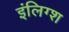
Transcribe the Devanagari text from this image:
इंलिग्श